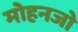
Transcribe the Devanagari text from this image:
मोहनजो